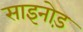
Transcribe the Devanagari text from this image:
साइनोड़